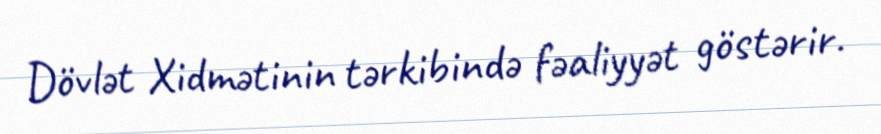
Dövlət Xidmətinin tərkibində fəaliyyət göstərir.